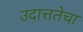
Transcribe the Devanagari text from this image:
उदात्ततेचा